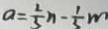
a = \frac { 2 } { 3 } n - \frac { 1 } { 3 } m